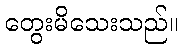
တွေးမိသေးသည်။